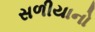
સળીયાનો